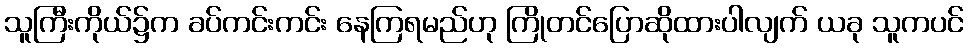
သူကြီးကိုယ်၌က ခပ်ကင်းကင်း နေကြရမည်ဟု ကြိုတင်ပြောဆိုထားပါလျက် ယခု သူကပင်